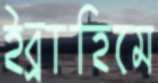
ইব্রাহিমে